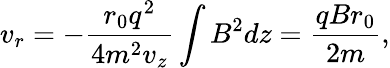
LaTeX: v_{r}=-\frac{r_{0}q^{2}}{4m^{2}v_{z}}\int B^{2}dz=\frac{qBr_{0}}{2m},